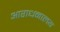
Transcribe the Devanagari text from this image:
आराधनालय